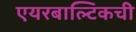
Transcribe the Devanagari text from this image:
एयरबाल्टिकची